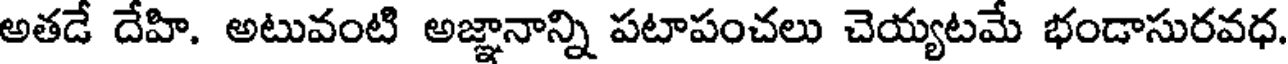
అతడే దేహి. అటువంటి అజ్ఞానాన్ని పటాపంచలు చెయ్యటమే భండాసురవధ